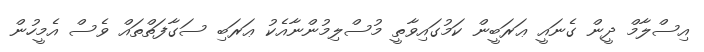
އިސްލާމް ދީން ގެނައީ ޢަރަބީން ކަމުގައިވާތީ މުސްލިމުންނާއެކު ޢަރަބި ސަގާފަތްތައް ވެސް އެމީހުން